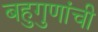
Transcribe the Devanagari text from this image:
बहुगुणांची